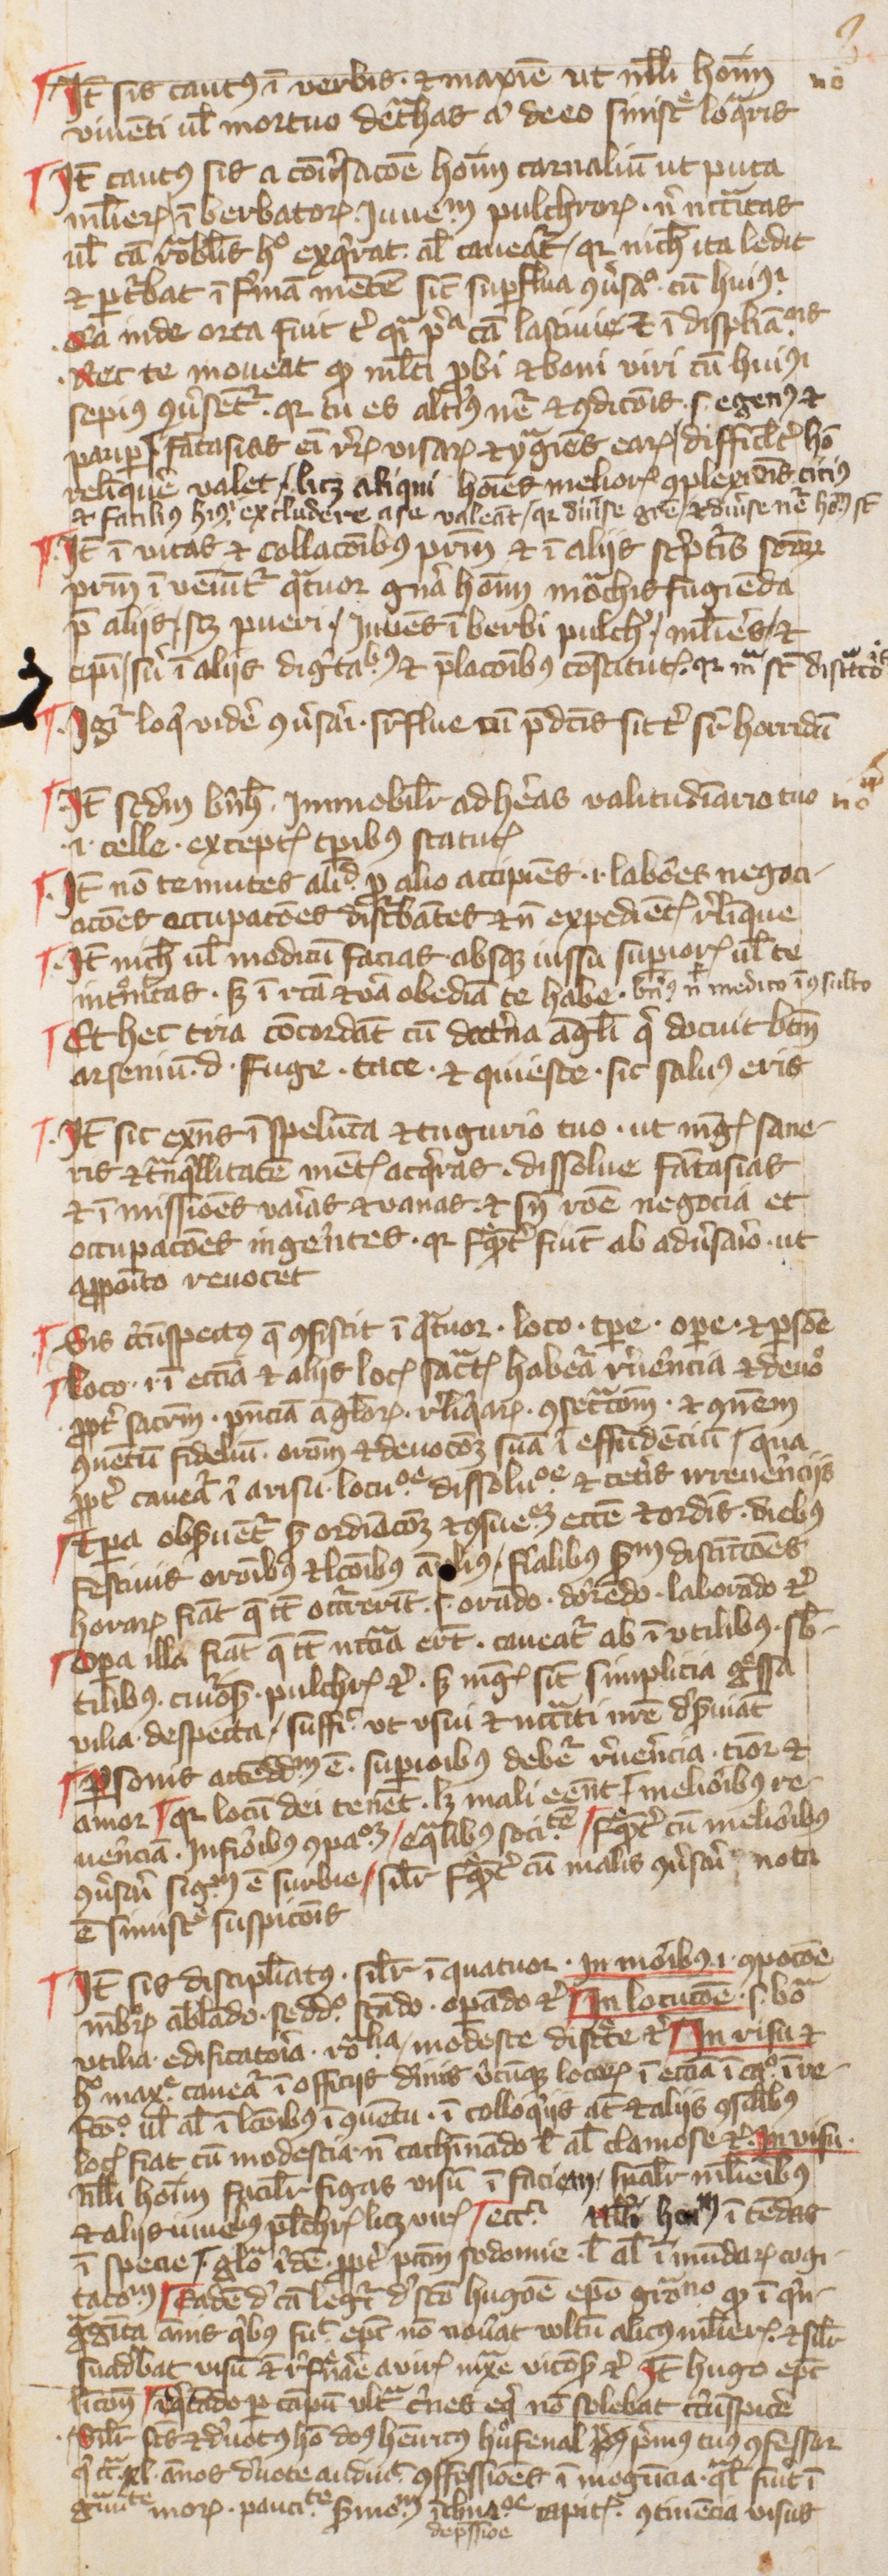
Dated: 1400–1424